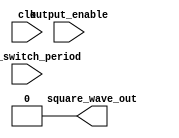
module tone_generator (
    input output_enable,
    input [23:0] tone_switch_period,
    input clk,
    output square_wave_out
);
    assign square_wave_out = 1'b0;
endmodule